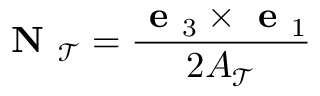
\textbf { N } _ { \mathcal { T } } = \frac { \textbf { e } _ { 3 } \times \textbf { e } _ { 1 } } { 2 A _ { \mathcal { T } } }